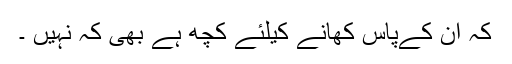
کہ ان کےپاس کھانے کیلئے کچھ ہے بھی کہ نہیں ۔